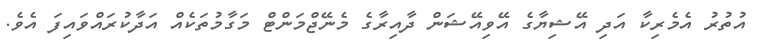
އުތުރު އެމެރިކާ އަދި އޭޝިޔާގެ އޭވިއޭޝަން ދާއިރާގެ މެނޭޖްމަންޓް މަގާމުތަކެއް އަދާކުރައްވައިފަ އެވެ.